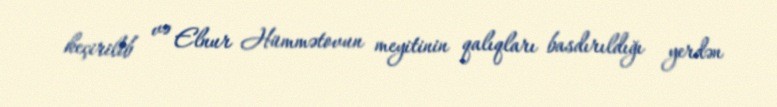
keçirilib və Elnur Hümmətovun meyitinin qalıqları basdırıldığı yerdən